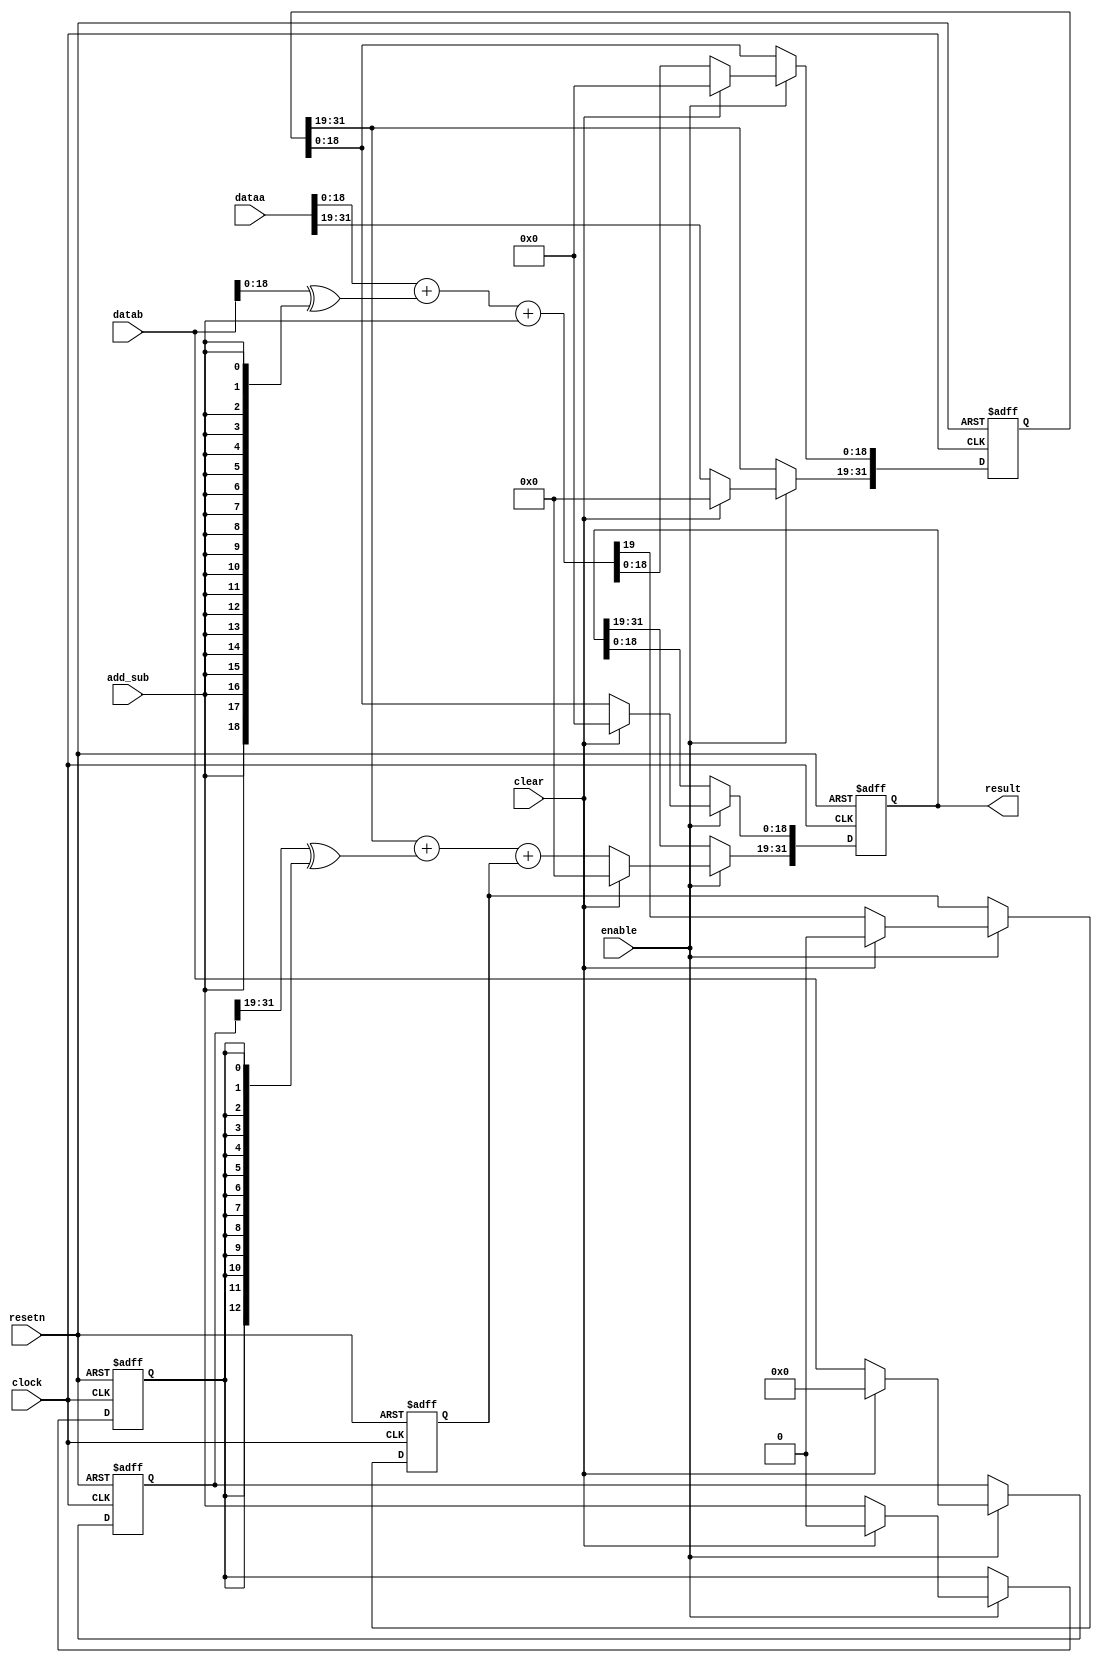
module acl_multistage_adder(clock, resetn, clear, enable, result, dataa, datab, add_sub);
  // This module tessellates the accumulator into SECTION_SIZE-bit chunks.
  parameter WIDTH = 32;
  parameter SECTION_SIZE = 19;
  input clock, resetn, clear, add_sub, enable;
  input [WIDTH-1:0] dataa;
  input [WIDTH-1:0] datab;
  output [WIDTH-1:0] result;
  
  wire [WIDTH-1:0] dataa_inter;
  wire [WIDTH-1:0] datab_inter;
  function integer stage_count;
    input integer width;
    input integer size;
    integer temp,i;
    begin
      temp = width/size;
      if ((width % size) > 0) temp = temp+1;
      stage_count = temp;
    end
  endfunction
  
  function integer mymax;
    input integer a;
    input integer b;
    integer temp;
    begin
      if (a > b) temp = a; else temp = b;
      mymax = temp;
    end
  endfunction 

  function integer mymin;
    input integer a;
    input integer b;
    integer temp;
    begin
      if (a < b) temp = a; else temp = b;
      mymin = temp;
    end
  endfunction   

  localparam TOTAL_STAGES = stage_count(WIDTH, SECTION_SIZE);
  
  assign dataa_inter = dataa;
  assign datab_inter = datab;
  
  // This little trick is for modelsim to resolve its handling of generate statements.
  // It prevents modelsim from thinking there is an out-of-bound access.
  // This also simplifies one of the if statements below.
  reg [TOTAL_STAGES-1 : -1] pipelined_add_sub;  
  reg [TOTAL_STAGES-1 : -1] pipelined_carry;  
  reg [WIDTH-1 : 0] pipelined_datab [TOTAL_STAGES-1 : -1];
  reg [WIDTH-1 : 0] pipelined_result [TOTAL_STAGES-1 : -1];
  
  genvar i;
  generate
    for (i = 0; i < TOTAL_STAGES; i = i + 1)
    begin: add_sub_stage
      always@(posedge clock or negedge resetn)
      begin
        if( ~resetn )
        begin
          pipelined_add_sub[i] <= 1'b0;
          pipelined_datab[i] <= {{WIDTH}{1'b0}};
        end
        else if (enable)
        begin
          if( clear )  
          begin
            pipelined_add_sub[i] <= 1'b0;
            pipelined_datab[i] <= {{WIDTH}{1'b0}};
          end
          else
          begin
            if ( i == 0) begin
            pipelined_add_sub[i] <= add_sub;
            pipelined_datab[i] <= datab_inter;
            end
            else begin
            pipelined_add_sub[i] <= pipelined_add_sub[i-1];
            pipelined_datab[i] <= pipelined_datab[i-1];       
        end
          end
        end
      end
      
      always@(posedge clock or negedge resetn)
      begin
        if( ~resetn )
        begin
          pipelined_result[i] <= {{WIDTH}{1'b0}};
          pipelined_carry[i] <= 1'b0;
        end
        else if (enable)
        begin
          if( clear )  
          begin
            pipelined_result[i] <= {{WIDTH}{1'b0}};
            pipelined_carry[i] <= 1'b0;
          end
          else
          begin
            if (i > 0)
            begin
              pipelined_result[i][mymax(SECTION_SIZE*i - 1,0):0] <= pipelined_result[i-1][mymax(SECTION_SIZE*i - 1,0):0];
            end

            if ( i == 0 ) begin
            {pipelined_carry[i], pipelined_result[i][mymin(SECTION_SIZE*(i+1), WIDTH) - 1 : SECTION_SIZE*i]} <=
               dataa_inter[mymin(SECTION_SIZE*(i+1), WIDTH) - 1 : SECTION_SIZE*i] + 
               (datab_inter[mymin(SECTION_SIZE*(i+1), WIDTH) - 1 : SECTION_SIZE*i] ^ {{SECTION_SIZE}{add_sub}})
               + add_sub;
            if (SECTION_SIZE*(i+1) < WIDTH)
            begin
              pipelined_result[i][WIDTH-1: mymin(SECTION_SIZE*(i+1), WIDTH-1)] <= dataa_inter[WIDTH-1: mymin(SECTION_SIZE*(i+1), WIDTH-1)];
            end
            end else begin
            {pipelined_carry[i], pipelined_result[i][mymin(SECTION_SIZE*(i+1), WIDTH) - 1 : SECTION_SIZE*i]} <=
               pipelined_result[i-1][mymin(SECTION_SIZE*(i+1), WIDTH) - 1 : SECTION_SIZE*i] + 
               (pipelined_datab[i-1][mymin(SECTION_SIZE*(i+1), WIDTH) - 1 : SECTION_SIZE*i] ^ {{SECTION_SIZE}{pipelined_add_sub[i-1]}})
               + pipelined_carry[i-1];
            if (SECTION_SIZE*(i+1) < WIDTH)
            begin
              pipelined_result[i][WIDTH-1: mymin(SECTION_SIZE*(i+1), WIDTH-1)] <= pipelined_result[i-1][WIDTH-1: mymin(SECTION_SIZE*(i+1), WIDTH-1)];
            end
        end
          end
        end
      end
    end
  endgenerate  
  
  assign result = pipelined_result[TOTAL_STAGES-1];

endmodule